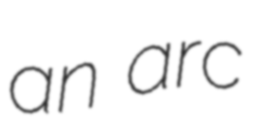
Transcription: an arc